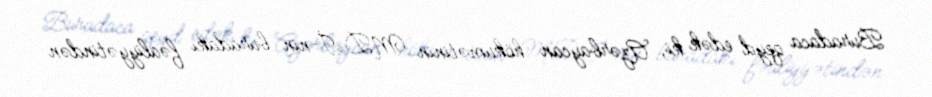
Buradaca qeyd edək ki, Azərbaycan hökumətinin MDİ-nin buradakı fəaliyyətindən